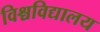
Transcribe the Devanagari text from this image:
विश्चविद्यालय